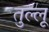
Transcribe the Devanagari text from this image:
तुल्लू